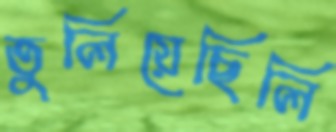
তুলিয়েছিলি